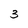
Character: 3